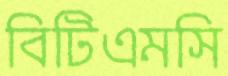
বিটিএমসি